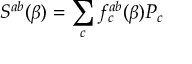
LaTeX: S ^ { a b } ( \beta ) = \sum _ { c } f _ { c } ^ { a b } ( \beta ) { \cal P } _ { c }